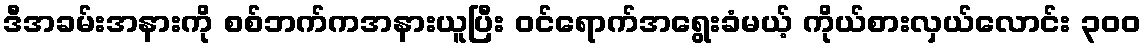
ဒီအခမ်းအနားကို စစ်ဘက်ကအနားယူပြီး ဝင်ရောက်အရွေးခံမယ့် ကိုယ်စားလှယ်လောင်း ၃ဝဝ